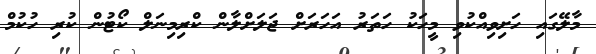
މާލޭގައި ހަށިވިއްކުވި މީހަކު ހަތަރު އަހަރަށް ޖަލަށްލާން ކްރިމިނަލް ކޯޓުން ކުރި ހުކުމް